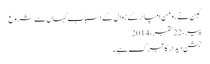
گبِن نے رومن امپائر کے زوال کے اسباب کہاں سے شروع
پیر، 22 ستمبر، 2014
جشنِ دیدار کا تبرّک ہے ۔